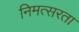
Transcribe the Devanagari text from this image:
निमत्सरता